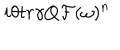
LaTeX: i \theta t r \gamma Q { \cal F } ( \omega ) ^ { n }